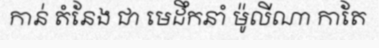
កាន់ តំនែង ជា មេដឹកនាំ ម៉ូលីណា កាតែ